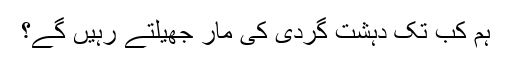
ہم کب تک دہشت گردی کی مار جھیلتے رہیں گے؟